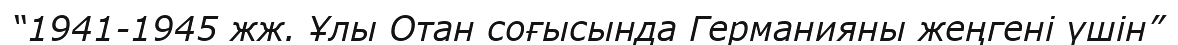
“1941-1945 жж. Ұлы Отан соғысында Германияны жеңгені үшін”